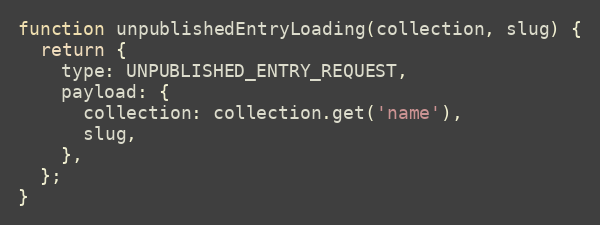
Language: JavaScript
function unpublishedEntryLoading(collection, slug) {
  return {
    type: UNPUBLISHED_ENTRY_REQUEST,
    payload: {
      collection: collection.get('name'),
      slug,
    },
  };
}